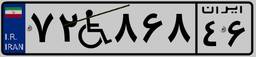
۸۰W۰۹۰۰۴